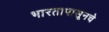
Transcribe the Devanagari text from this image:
भारतापासूनचे